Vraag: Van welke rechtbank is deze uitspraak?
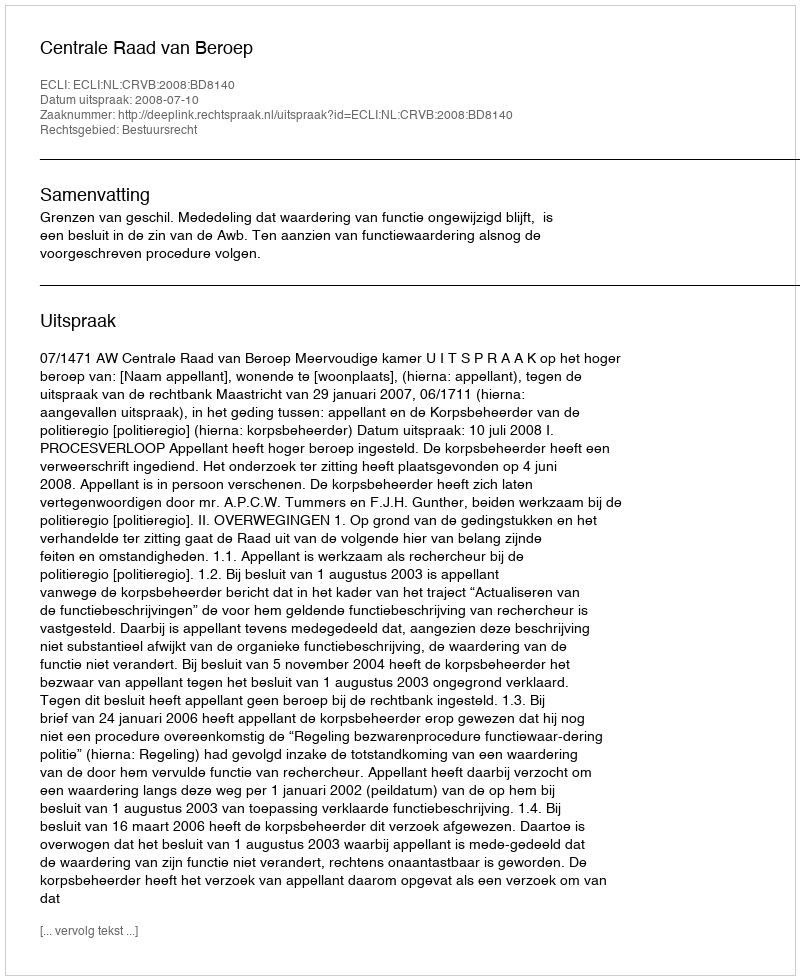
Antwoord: Centrale Raad van Beroep